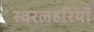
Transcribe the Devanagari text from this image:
स्वरलहरियाँ